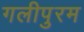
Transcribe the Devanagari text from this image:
गलीपुरम